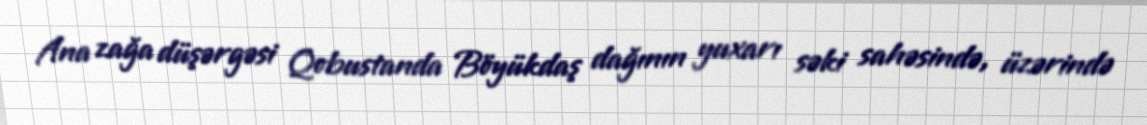
Ana zağa düşərgəsi Qobustanda Böyükdaş dağının yuxarı səki sahəsində, üzərində